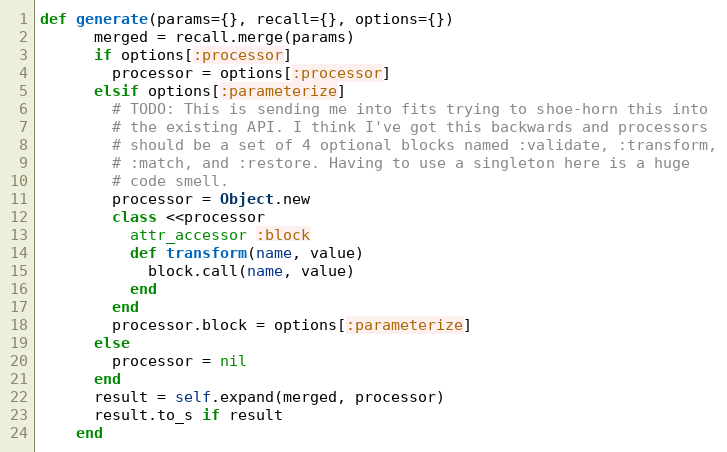
Language: Ruby
def generate(params={}, recall={}, options={})
      merged = recall.merge(params)
      if options[:processor]
        processor = options[:processor]
      elsif options[:parameterize]
        # TODO: This is sending me into fits trying to shoe-horn this into
        # the existing API. I think I've got this backwards and processors
        # should be a set of 4 optional blocks named :validate, :transform,
        # :match, and :restore. Having to use a singleton here is a huge
        # code smell.
        processor = Object.new
        class <<processor
          attr_accessor :block
          def transform(name, value)
            block.call(name, value)
          end
        end
        processor.block = options[:parameterize]
      else
        processor = nil
      end
      result = self.expand(merged, processor)
      result.to_s if result
    end